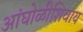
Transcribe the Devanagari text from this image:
आंघोळीशिवाय